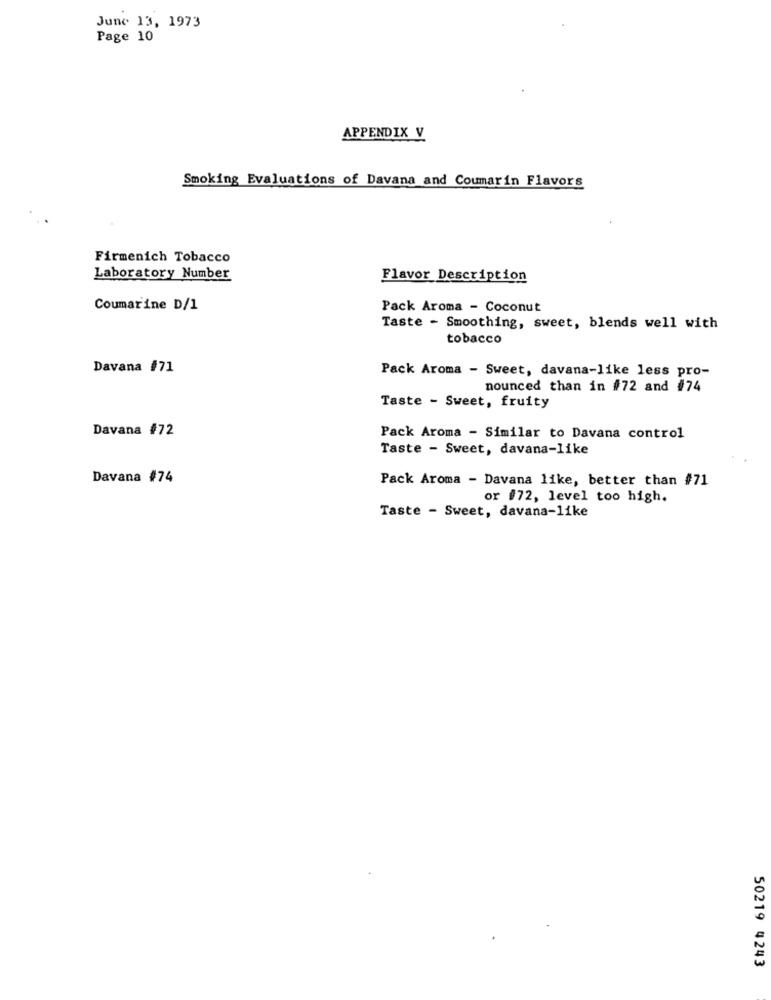
June 13, 1973
Page 10
APPENDIX V
Smoking Evaluations of Davana and Coumarin Flavors
Firmenich Tobacco
Laboratory Number
Flavor Description
Coumarine D/1
Pack Aroma - Coconut
Taste - Smoothing, sweet, blends well with
tobacco
Davana #71
Pack Aroma - Sweet, davana-like less pro-
nounced than in #72 and #74
Taste - Sweet, fruity
Davana #72
Pack Aroma - Similar to Davana control
Taste - Sweet, davana-like
Davana #74
Pack Aroma - Davana like, better than #71
or #72, level too high.
Taste - Sweet, davana-like
50219 4243